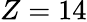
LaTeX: Z=14